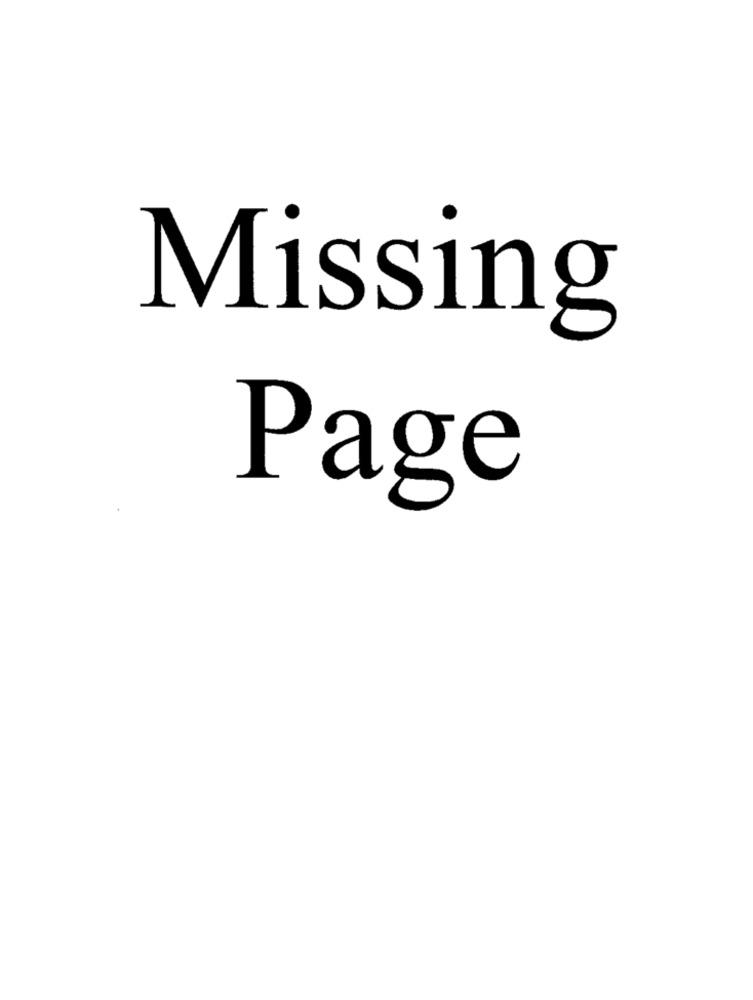
Missing
Page